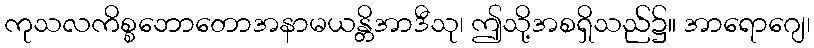
ကုသလကိစ္စဘောတောအနာမယန္တိအာဒီသု၊ ဤသို့အစရှိသည်၌။ အာရောဂျေ၊